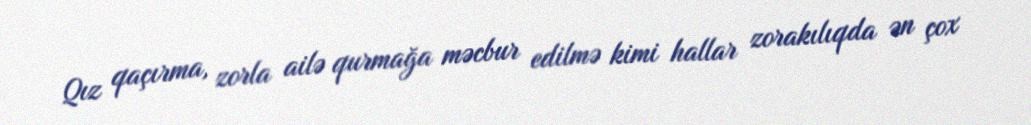
Qız qaçırma, zorla ailə qurmağa məcbur edilmə kimi hallar zorakılıqda ən çox